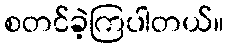
စတင်ခဲ့ကြပါတယ်။